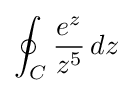
\oint _{C}{e^{z} \over z^{5}}\,dz